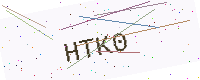
Text: HTK0